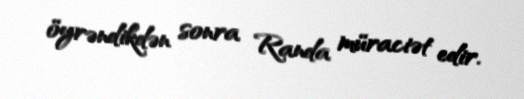
öyrəndikdən sonra Randa müraciət edir.